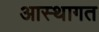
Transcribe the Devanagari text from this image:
आस्थागत